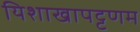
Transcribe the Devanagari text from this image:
यिशाखापट्टणम